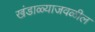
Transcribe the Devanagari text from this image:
खंडाळ्याजवळील